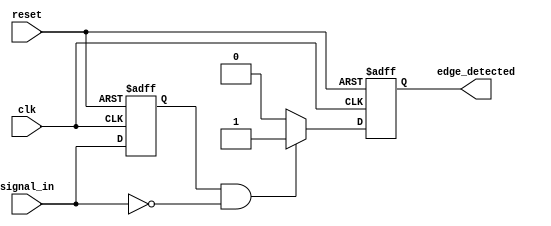
module negative_edge_detector (
    input wire clk,             // Clock signal
    input wire reset,           // Reset signal
    input wire signal_in,       // Input signal to monitor
    output reg edge_detected    // Output signal for edge detection
);

    reg previous_state;         // Memory to store the previous state of signal_in

    // Always block for edge detection logic
    always @(posedge clk or posedge reset) begin
        if (reset) begin
            previous_state <= 1'b0; // Initialize to low on reset
            edge_detected <= 1'b0;   // Initialize edge_detected to low
        end else begin
            // Capture the previous state
            previous_state <= signal_in;

            // Detect negative edge
            edge_detected <= (previous_state == 1'b1 && signal_in == 1'b0) ? 1'b1 : 1'b0;
        end
    end

endmodule